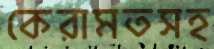
কেরামতসহ